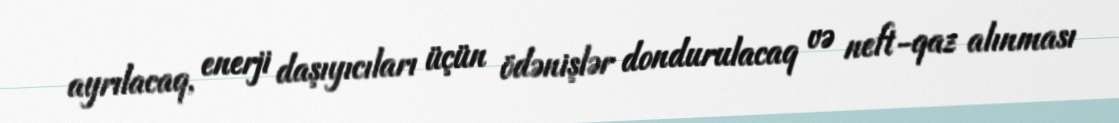
ayrılacaq, enerji daşıyıcıları üçün ödənişlər dondurulacaq və neft-qaz alınması